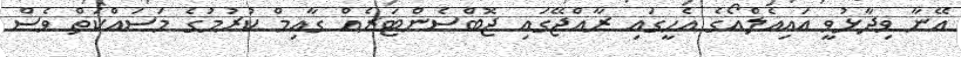
އޭނާ ވިދާޅުވީ އައިއެލްއޯގެ އެހީގައި ރާއްޖޭގައި ޖޮބްސެންޓަރެއް ގާއިމް ކުރުމުގެ މަސައްކަތް ވެސް